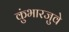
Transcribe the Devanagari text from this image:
कुंभारजुवे